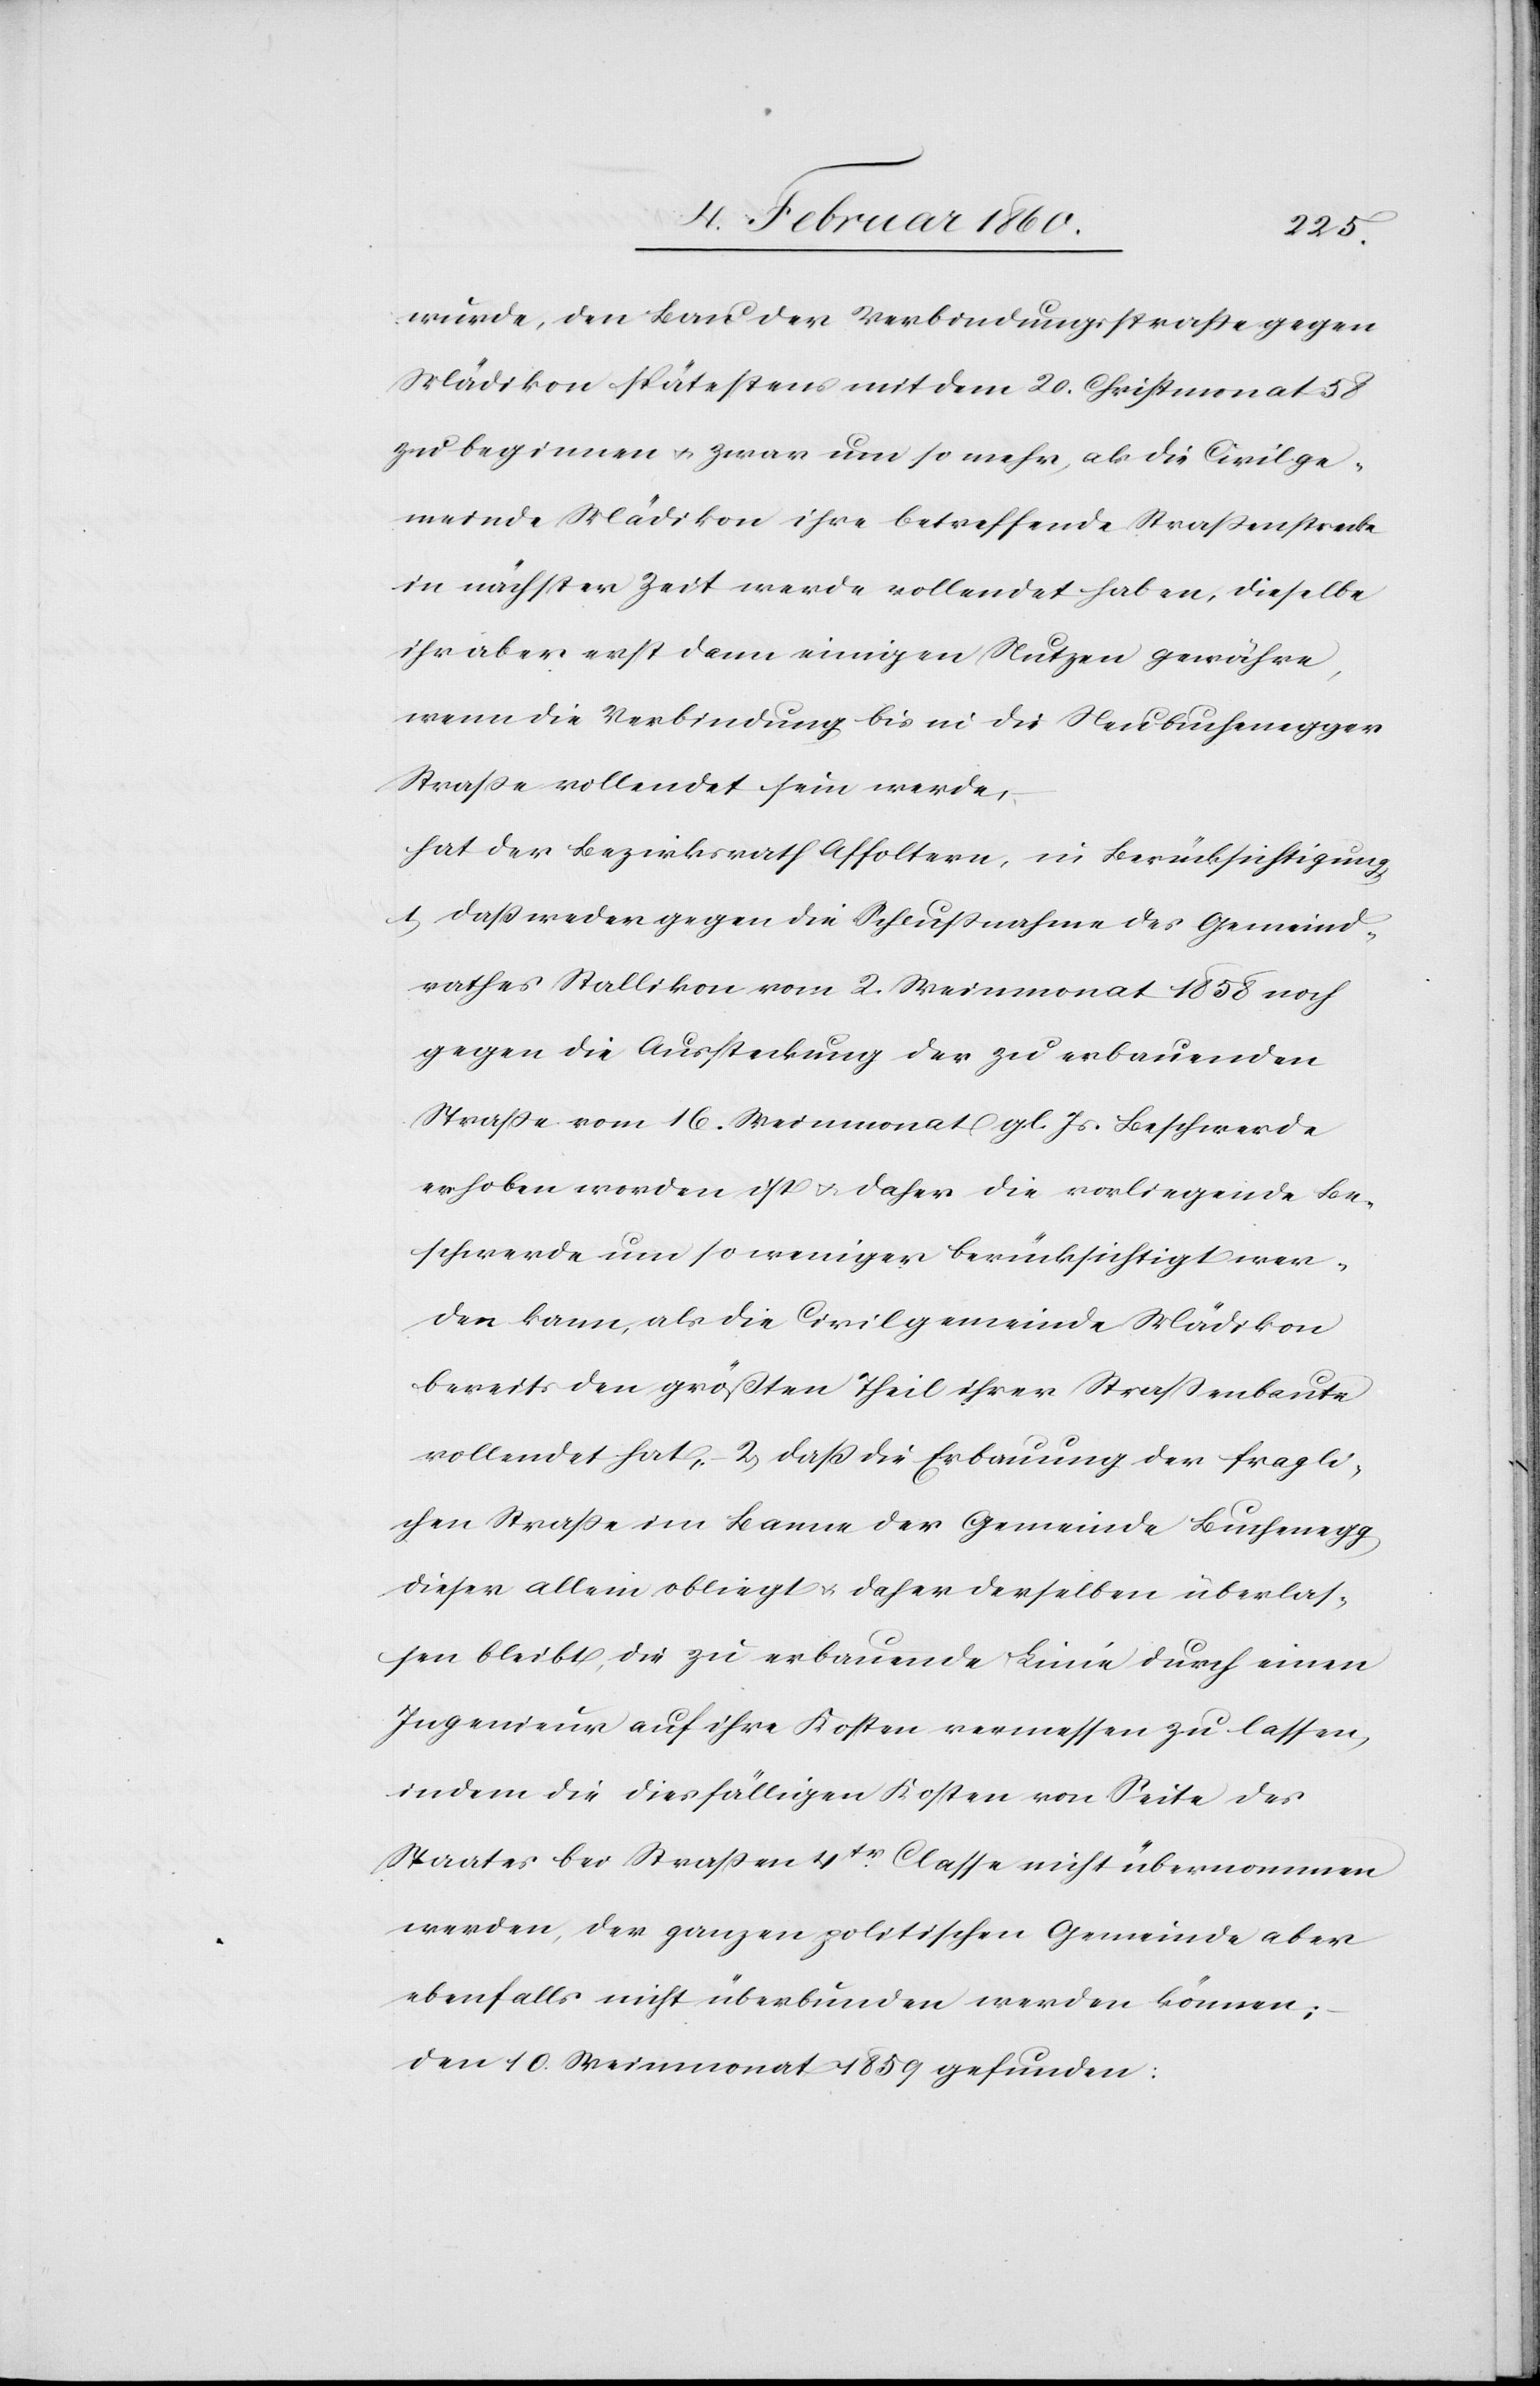
wurde, den Bau der Verbindungsstrasse gegen
Mädikon spätestens mit dem 20. Christmonat 58
zu beginnen u. zwar um so mehr, als die Civilge¬
meinde Mädikon ihre betreffende Strassenstrecke
in nächster Zeit werde vollendet haben, dieselbe
ihr aber erst dann einigen Nutzen gewähre,
wenn die Verbindung bis in die Neubuchenegger
Strasse vollendet sein werde,
hat der Bezirksrath Affoltern, in Berücksichtigung
1. daß weder gegen die Schlussnahme des Gemeind¬
rathes Stallikon vom 2. Weinmonat 1858 noch
gegen die Aussteckung der zu erbauenden
Strasse vom 16. Weinmonat gl. Js. Beschwerde
erhoben worden ist u. daher die vorliegende Be¬
schwerde um so weniger berücksichtigt wer¬
den kann, als die Civilgemeinde Mädikon
bereits den größten Theil ihrer Straßenbaute
vollendet hat, 2. daß die Erbauung der fragli¬
chen Straße im Banne der Gemeinde Buchenegg
dieser allein obliegt u. daher derselben überlas¬
sen bleibt, die zu erbauende Linie durch einen
Ingenieur auf ihre Kosten vermessen zu lassen,
indem die diesfälligen Kosten von Seite des
Staates bei Straßen 4tr Classe nicht übernommen
werden, der ganzen politischen Gemeinde aber
ebenfalls nicht überbunden werden können;
den 10. Christmonat 1859 gefunden: